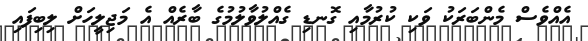
އެއްވެސް މެންބަރަކު ވަކި ކުރުމާއި ގޮނޑި ގެއްލުވާލުމުގެ ބާރެއް އެ މަޖިލީހަށް ލިބިފައި